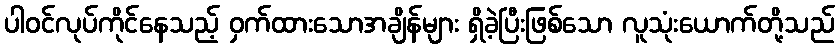
ပါဝင်လုပ်ကိုင်နေသည့် ဝှက်ထားသောအချိန်များ ရှိခဲ့ပြီးဖြစ်သော လူသုံးယောက်တို့သည်